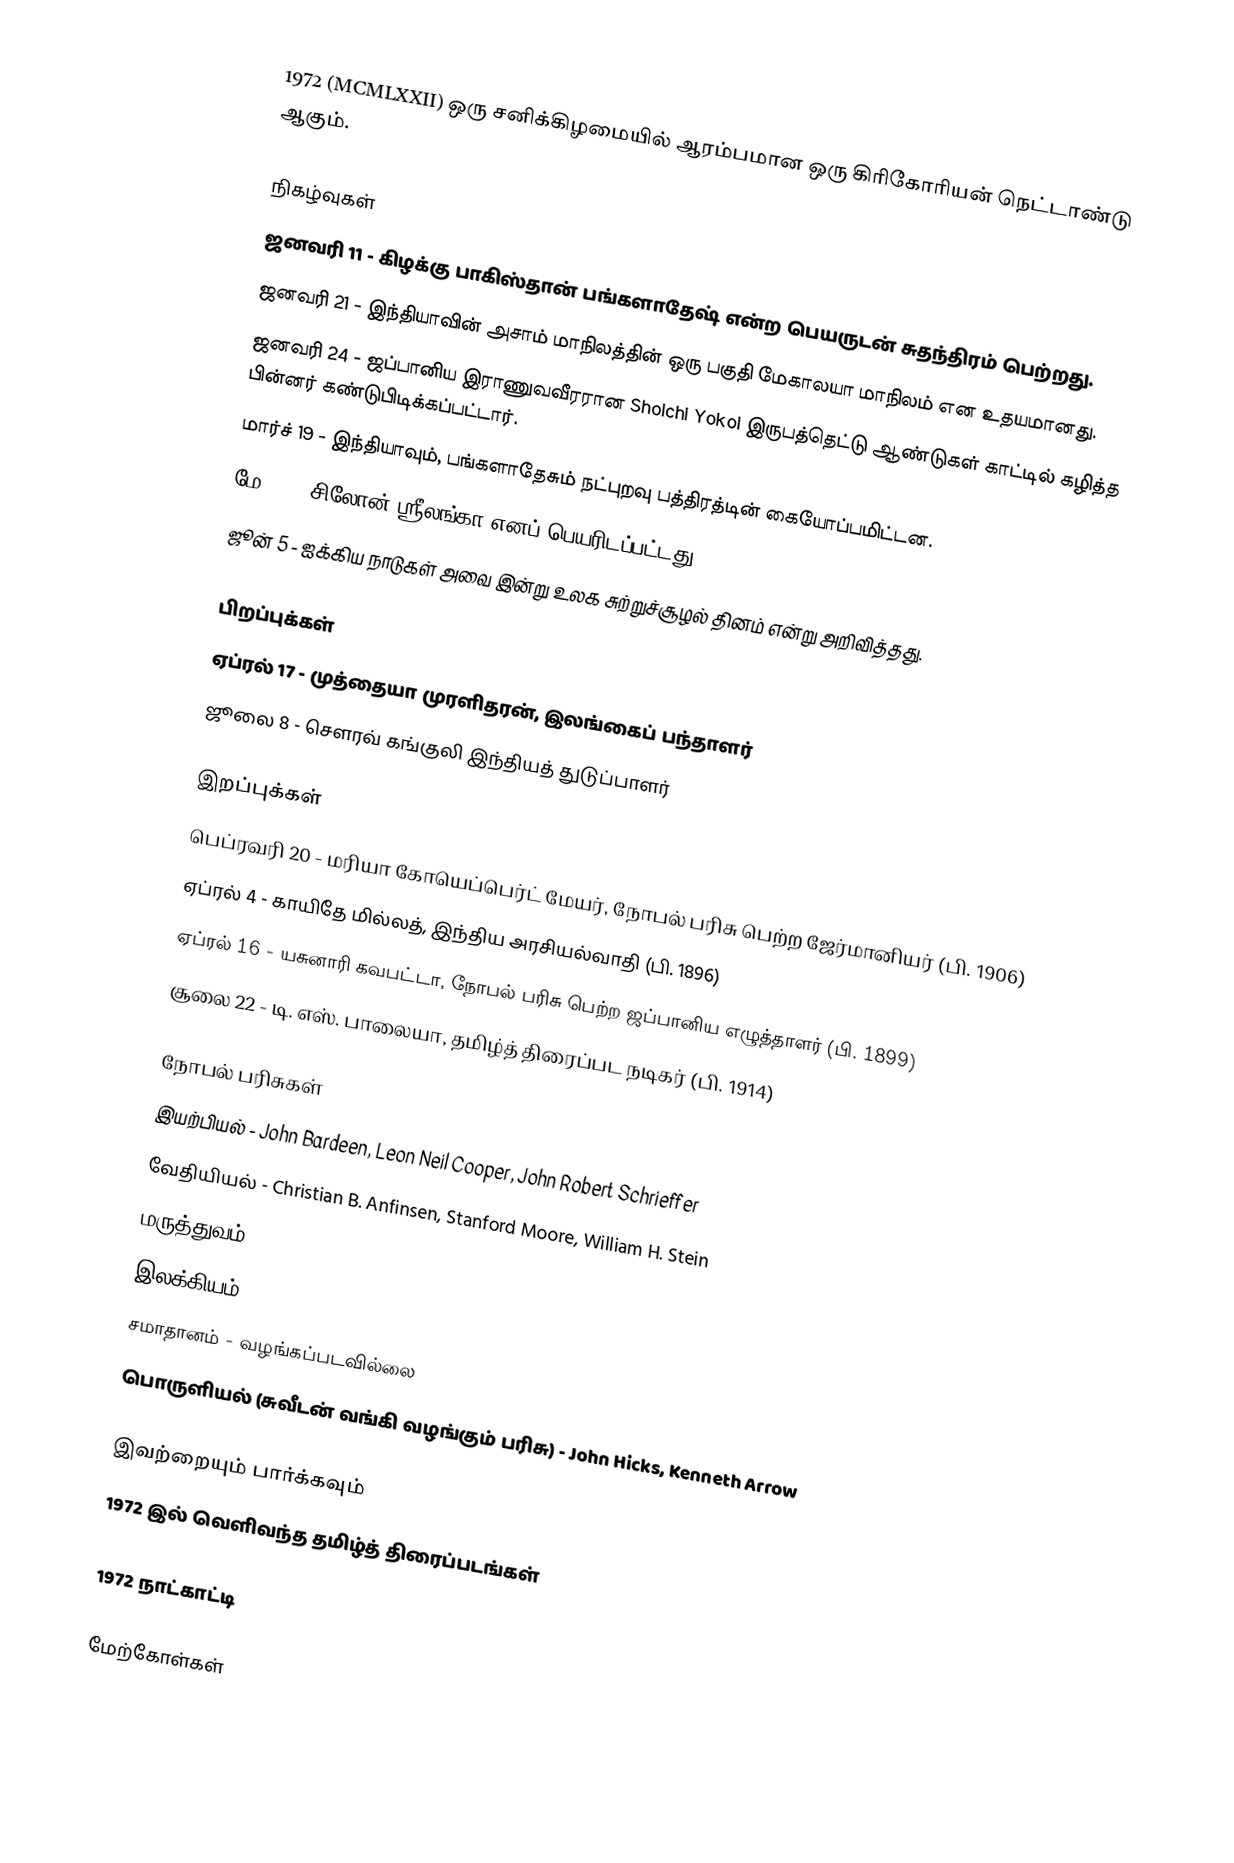
1972  (MCMLXXII) ஒரு சனிக்கிழமையில் ஆரம்பமான ஒரு கிரிகோரியன் நெட்டாண்டு ஆகும்.

நிகழ்வுகள்
 ஜனவரி 11 - கிழக்கு பாகிஸ்தான் பங்களாதேஷ் என்ற பெயருடன் சுதந்திரம் பெற்றது.
 ஜனவரி 21 - இந்தியாவின் அசாம் மாநிலத்தின் ஒரு பகுதி மேகாலயா மாநிலம் என உதயமானது.
 ஜனவரி 24 - ஜப்பானிய இராணுவவீரரான Shoichi Yokoi இருபத்தெட்டு ஆண்டுகள் காட்டில் கழித்த பின்னர் கண்டுபிடிக்கப்பட்டார்.
 மார்ச் 19 - இந்தியாவும், பங்களாதேசும் நட்புறவு பத்திரத்டின் கையோப்பமிட்டன.
 மே 22 - சிலோன் ஸ்ரீலங்கா எனப் பெயரிடப்பட்டது.
 ஜூன் 5 - ஐக்கிய நாடுகள் அவை இன்று உலக சுற்றுச்சூழல் தினம் என்று அறிவித்தது.

பிறப்புக்கள்
 ஏப்ரல் 17 - முத்தையா முரளிதரன், இலங்கைப் பந்தாளர்
 ஜூலை 8 - சௌரவ் கங்குலி இந்தியத் துடுப்பாளர்

இறப்புக்கள்
 பெப்ரவரி 20 - மரியா கோயெப்பெர்ட் மேயர், நோபல் பரிசு பெற்ற ஜேர்மானியர் (பி. 1906)
 ஏப்ரல் 4 - காயிதே மில்லத், இந்திய அரசியல்வாதி (பி. 1896)
 ஏப்ரல் 16 - யசுனாரி கவபட்டா, நோபல் பரிசு பெற்ற ஜப்பானிய எழுத்தாளர் (பி. 1899)
 சூலை 22 - டி. எஸ். பாலையா, தமிழ்த் திரைப்பட நடிகர் (பி. 1914)

நோபல் பரிசுகள்
 இயற்பியல் -  John Bardeen, Leon Neil Cooper, John Robert Schrieffer
 வேதியியல் - Christian B. Anfinsen, Stanford Moore, William H. Stein
 மருத்துவம் - Gerald M. Edelman, Rodney R. Porter
 இலக்கியம் - Heinrich Böll
 சமாதானம் - வழங்கப்படவில்லை
 பொருளியல் (சுவீடன் வங்கி வழங்கும் பரிசு) - John Hicks, Kenneth Arrow

இவற்றையும் பார்க்கவும்
 1972 இல் வெளிவந்த தமிழ்த் திரைப்படங்கள்

1972 நாட்காட்டி

மேற்கோள்கள்